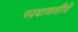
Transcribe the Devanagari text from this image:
परवानगीचे